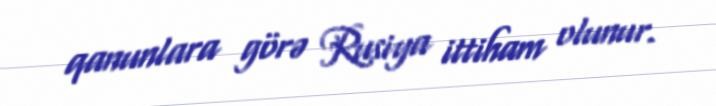
qanunlara görə Rusiya ittiham olunur.